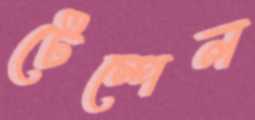
টেম্পেল